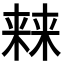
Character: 𣘐